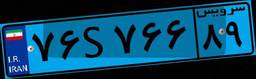
۷۶S۷۶۶۸۹